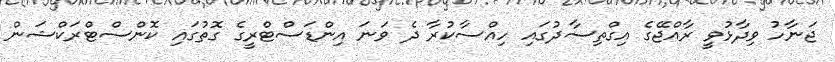
ޖަނާހު ވިދާޅުވީ ރާއްޖޭގެ އިގްތިސާދުގައި ހިއްސާކުރާ ދެ ވަނަ އިންޑަސްޓްރީގެ ގޮތުގައި ކޮންސްޓްރަކްޝަން